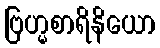
ဗြဟ္မစာရိနိယော